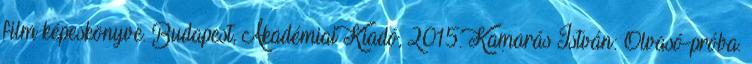
film képeskönyve. Budapest, Akadémiai Kiadó, 2015. Kamarás István: Olvasó-próba.